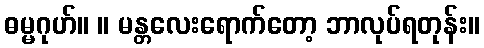
ဓမ္မဂုဟ်။ ။ မန္တလေးရောက်တော့ ဘာလုပ်ရတုန်း။